Annual report on the lock hospitals of the Madras Presidency
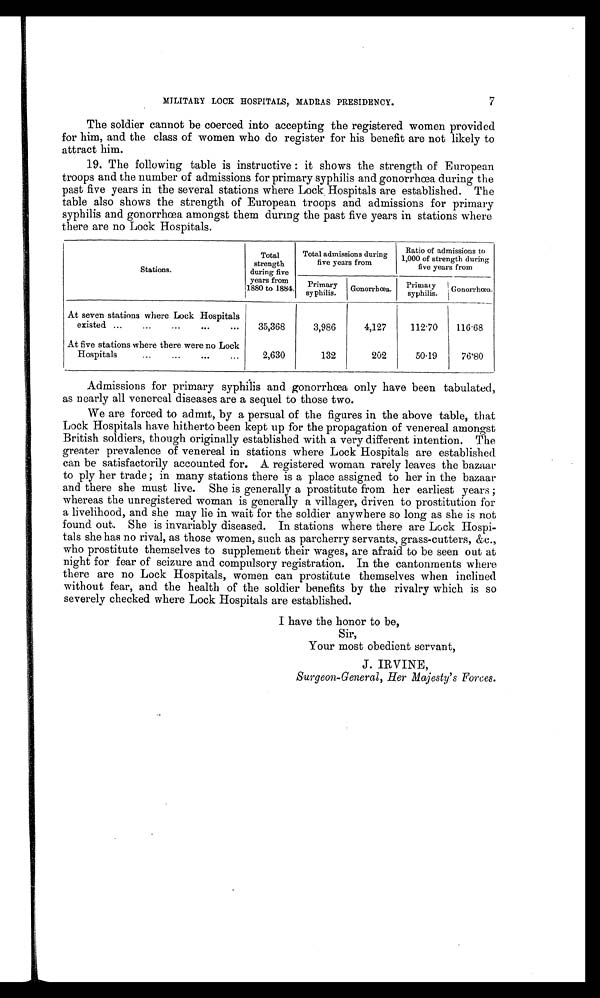
MILITARY LOCK HOSPITALS, MADRAS PRESIDENCY.
7
The soldier cannot be coerced into accepting the registered women provided
for him, and the class of women who do register for his benefit are not likely to
attract him.
19. The following table is instructive : it shows the strength of European
troops and the number of admissions for primary syphilis and gonorrhœa during the
past five years in the several stations where Lock. Hospitals are established. The
table also shows the strength of European troops and admissions for primary
syphilis and gonorrhœa amongst them during the past five years in stations where
there are no Lock Hospitals.
Stations.
Total
strength
during five
years from
1880 to 1884.
Total admissions during
five years fro
from
Ratio of admissions to
1,000 of strength during
five years from
Primary
syphilis. Gonorrhœa. Prima y s y p h i l i s .
Gonorrhœa.
At seven stations where Lock Hospitals
existed ...
...
...
...
... 35,368
3,986
4,127
112·70 116·68
At five stations where there were no Lock
Hospitals
...
...
. . .
2,630
132
202
50.19
76·80
Admissions for primary syphilis and gonorrhœa only have been tabulated,
as nearly all venereal diseases are a sequel to those two.
We are forced to admit, by a persual of the figures in the above table, that
Lock Hospitals have hitherto been kept up for the propagation of venereal amongst
British soldiers, though originally established with a very different intention. The
greater prevalence of venereal in stations where Lock Hospitals are established
can be satisfactorily accounted for. A registered woman rarely leaves the bazaar
to ply her trade ; in many stations there is a place assigned to her in the bazaar
and there she must live. She is generally a prostitute from her earliest years ;
whereas the unregistered woman is generally a villager, driven to prostitution for
a livelihood, and she may lie in wait for the soldier anywhere so long as she is not
found out. She is invariably diseased. In stations where there are L&ck Hospi-
tals she has no rival, as those women, such as parcherry servants, grass-cutters, &c.,
who prostitute themselves to supplement their wages, are afraid to be seen out at
night for fear of seizure and compulsory registration. In the cantonments where
there are no Lock Hospitals, women can prostitute themselves when inclined
without fear, and the health of the soldier benefits by the rivalry which is so
severely checked where Lock Hospitals are established.
I have the honor to be,
Sir,
Your most obedient servant,
J. IRVINE,
Surgeon-General, Her Majesty's forces.